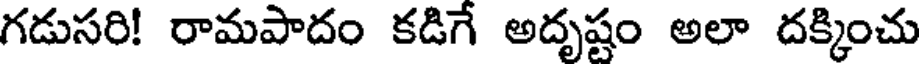
గడుసరి! రామపాదం కడిగే అదృష్టం అలా దక్కించు